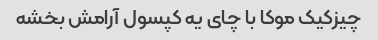
چیزکیک موکا با چای یه کپسول آرامش بخشه